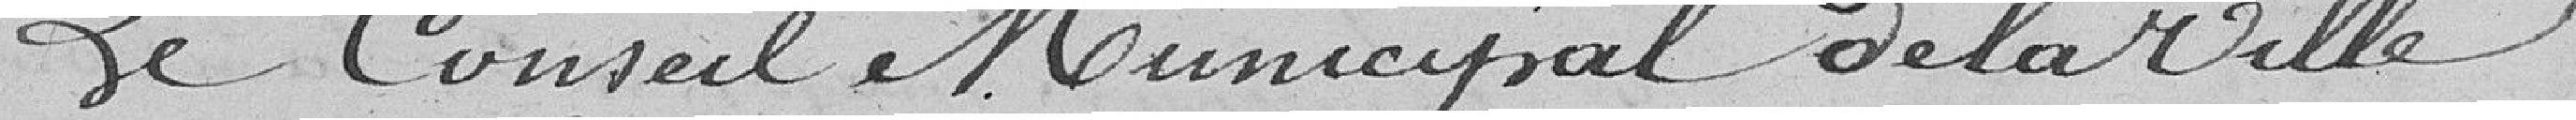
la fois une garantie pour le présent et un gage